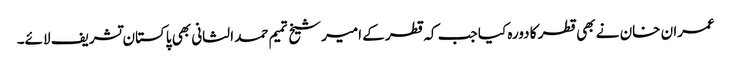
عمران خان نے بھی قطر کا دورہ کیا جب کہ قطر کے امیرشیخ تمیم حمد الثانی بھی پاکستان تشریف لائے۔